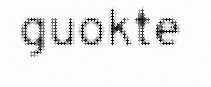
guokte